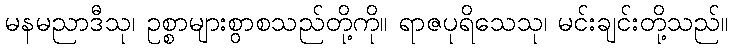
မနမညာဒီသု၊ ဥစ္စာများစွာစသည်တို့ကို။ ရာဇပုရိသေသု၊ မင်းချင်းတို့သည်။